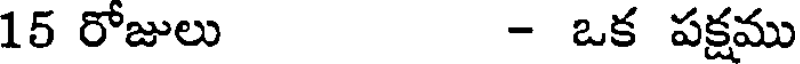
15 రోజులు - ఒక పక్షము